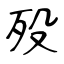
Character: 殁